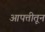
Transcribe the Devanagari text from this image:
आपत्तीतून